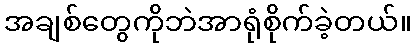
အချစ်တွေကိုဘဲအာရုံစိုက်ခဲ့တယ်။